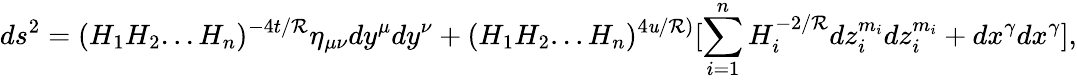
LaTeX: ds^{2}=(H_{1}H_{2}...H_{n})^{-4t/\mathcal{R}}\eta_{\mu\nu}dy^{\mu}dy^{\nu}+(H_{1}H_{2}...H_{n})^{4\mathit{u}/\mathcal{R})}[\sum_{i=1}^{n}H_{i}^{-2/\mathcal{R}}dz_{i}^{m_{i}}dz_{i}^{m_{i}}+dx^{\gamma}dx^{\gamma}],